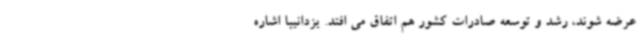
عرضه شوند، رشد و توسعه صادرات کشور هم اتفاق می افتد. یزدانیبا اشاره